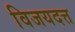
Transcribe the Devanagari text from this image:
विजयदत्त